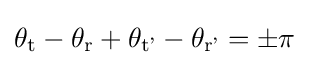
\theta _{\text{t}}-\theta _{\text{r}}+\theta _{\text{t'}}-\theta _{\text{r'}}=\pm \pi